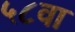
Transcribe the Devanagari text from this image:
५८वा